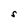
Character: S